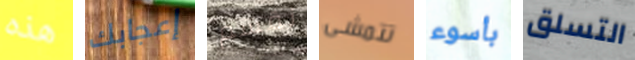
هذه إعجابك نقسم تتمشى بأسوء التسلق